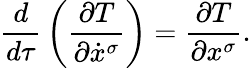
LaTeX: {\frac{d}{d\tau}}\left({\frac{\partial T}{\partial{\dot{x}}^{\sigma}}}\right)={\frac{\partial T}{\partial x^{\sigma}}}.